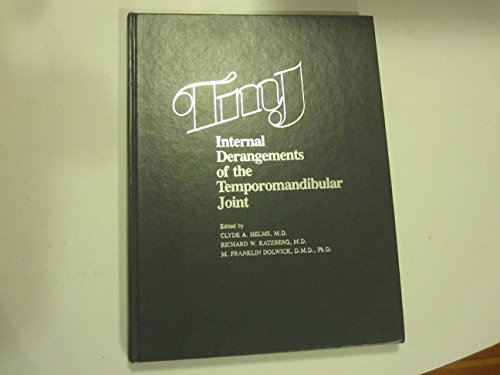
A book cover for TMJ Internal Derangements of the Temporomandibular Joint; Clyde A. Helms; Medical Books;